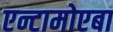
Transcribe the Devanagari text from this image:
एन्टामोएबा